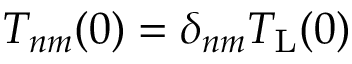
T _ { n m } ( 0 ) = \delta _ { n m } T _ { \mathrm { L } } ( 0 )